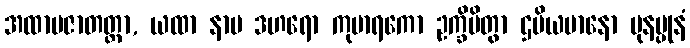
အထာမဇာတတ္တာ, ယထာ နာမ ဒဟရော ကုမာရကော ဥက္ခိပိတွာ ဌပိယမာနော ပုနပ္ပုနံ